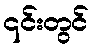
၎င်းတွင်